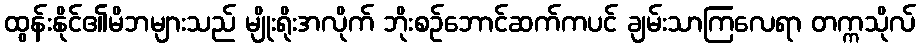
ထွန်းနိုင်၏မိဘများသည် မျိုးရိုးအလိုက် ဘိုးစဉ်ဘောင်ဆက်ကပင် ချမ်းသာကြလေရာ တက္ကသိုလ်